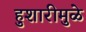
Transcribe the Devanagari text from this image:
हुशारीमुळे